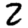
Digit: 2